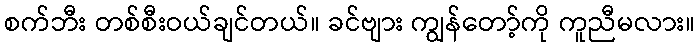
စက်ဘီး တစ်စီးဝယ်ချင်တယ်။ ခင်ဗျား ကျွန်တော့်ကို ကူညီမလား။